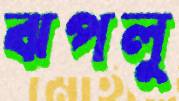
ঝপলু